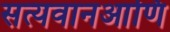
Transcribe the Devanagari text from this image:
सत्यवानआणि